NAE_ERA_R-1950_Eesti_Ajakirjanike_Liit, lk 55
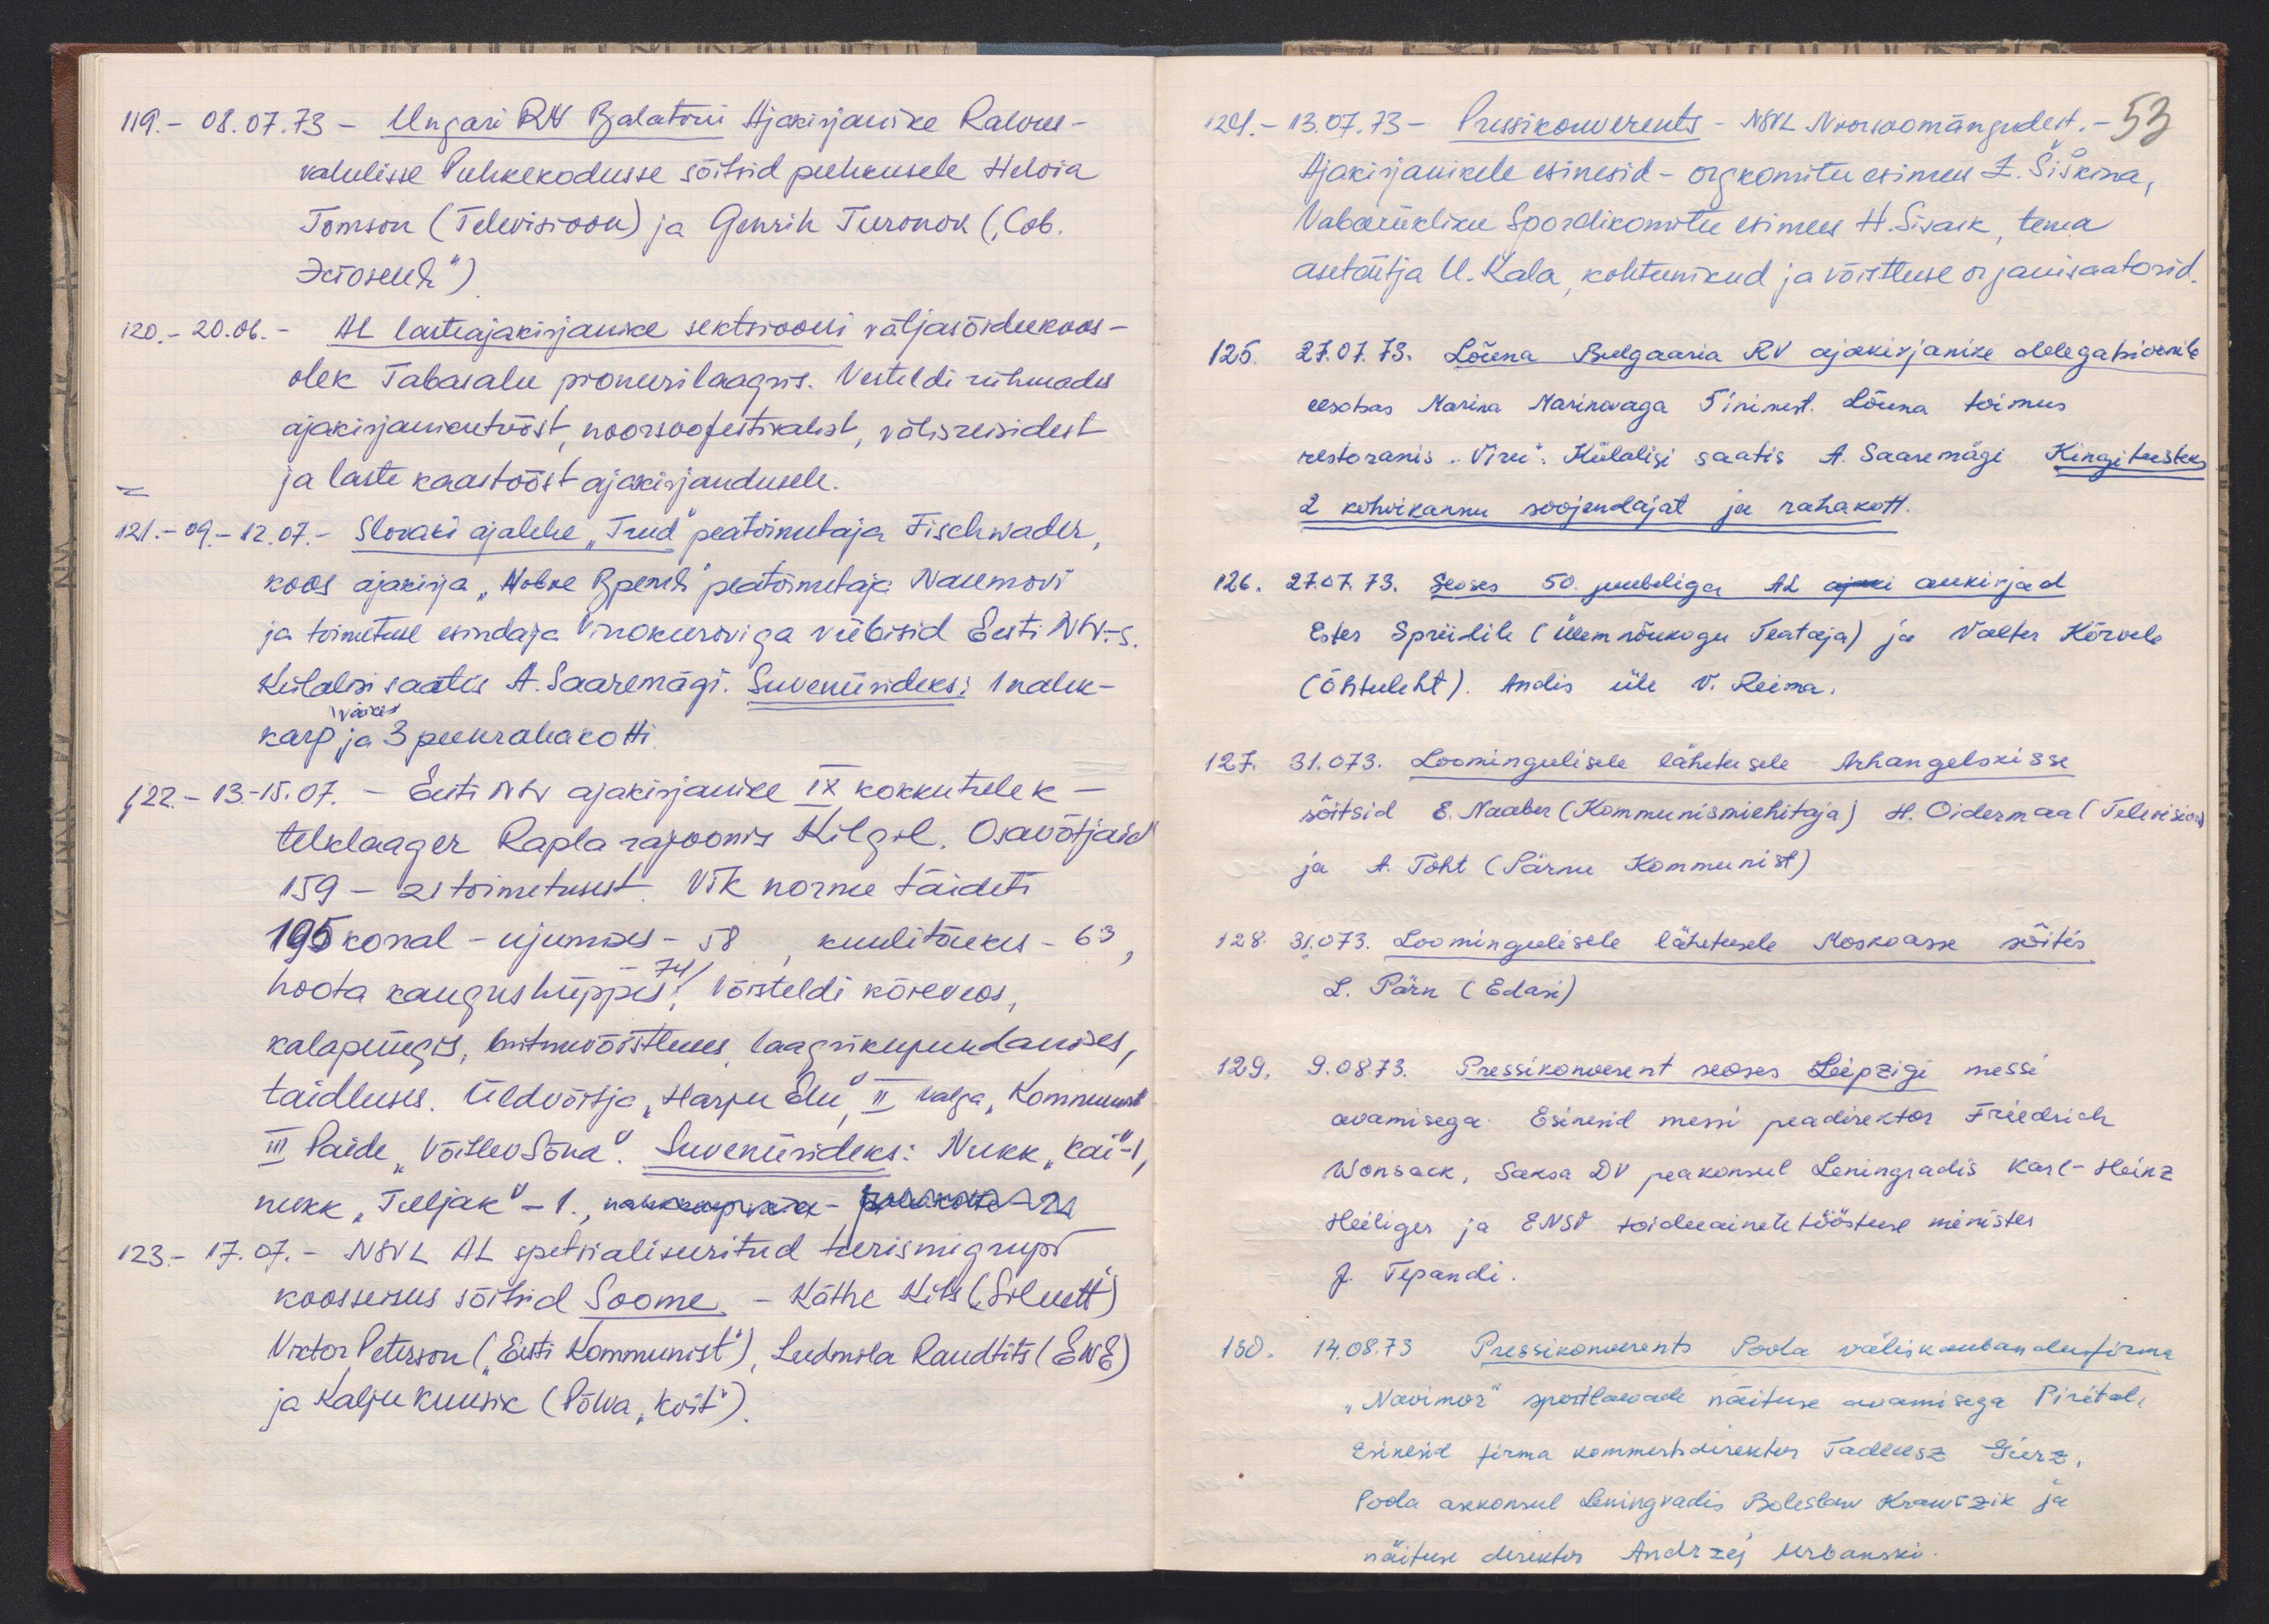
19. - 08.07.73 - Ungari RV Balatoni Ajakirjanike Rahvus-
vahelisse puhkekodusse sõitsid puhkusele Helvia
Tomson (Televisioon) ja Genrih Turonok (Сов.
Dorosetti")
120. - 20.06. - AL lasteajakirjanike sektsiooni väljasõidukoos-
olek Tabasalu pioneerilaagris. Vesteldi rühmades
ajakirjanikutööst, noorsoofestivalist, välisreisidest
ja laste kaastööst ajakirjandusele.
121. - 09.-12.07. - Slovaki ajalehe "Trud" peatoimetaja Fischwader,
koos ajakirja "Hobre Rperil" peatoimetaja Naumovi
ja toimetuse esindaja Vinokuroviga viibisid Eesti NSV-s
Külalisi saatis A. Saaremägi. Suveniirideks: 1 nahk-
väike
karp ja 3 peenrahakotti.
122 - 13.-15.07. - Eesti NSV ajakirjanike IX kokkutulek -
telklaager Rapla rajoonis Kilgil. Osavõtjaid
159 - 21 toimetusest. VTK norme täideti
195 korral - ujumises - 58., kuulitõukes - 63
hoota kaugushüppes, võisteldi köieveos,
74
kalapüügis, mitmevõistluses laagrikujundamises,
taidluses. Üldvõitja "Harju Elu", II Valga "Kommunist
III Paide "Võitlev Sõna". Suveniirideks: Nukk "Kai" 1,
nukk "Tuljak" - 1., nakkaapuara - palukohus- 22.
123. - 17.07. - NSVL AL spetsialiseeritud turismigrupi
koosseisus sõitsid Soome - Käthe kits ("Siluett")
Viktor Peterson ("Eesti Kommunist"), Ludmila Raudtits (ENE)
ja Kalju Kuusik (Põlva "Koit").

124. - 13.07.73 - Pressikonverents - NSVL Noorsoomängudest. -
53
Ajakirjanikele esinesid - orgkomitee esimees Z. Šiškina
Vabariikliku Spordikomitee esimees H. Sivask, tema
asetäitja U. Kala, kohtunikud ja võistluse organisaatorid.
125. 27.07.73. Lõuna Bulgaaria RV ajakirjanike delegatsioonile
eesotsas Marina Marikovaga 5 inimest. Lõuna toimus
restoranis "Viru". Külalisi saatis A. Saaremägi. Kingitusteks
2 kohvikannu soojendajat ja rahakott.
126. 27.07.73. Seoses 50. juubeliga AL ajali aukirjad
Ester Spriidile (Ülemnõukogu Teataja) ja Valter Kõrvele
(Õhtuleht). Andis üle V. Reima.
127. 31.073. Loomingulisele lähetusele Arhangelskisse
sõitsid E. Naaber (Kommunismiehitaja) H. Oidermaa (Televisioon)
ja A. Toht (Pärnu Kommunist)
128. 31.073. Loomingulisele lähetusele Moskvasse sõitis
L. Pärn (Edasi)
129. 9.08.73. Pressikonverents seoses Leipzigi messi
avamisega. Esinesid messi peadirektor Friedrich
Wonsack, Saksa DV peakonsul Leningradis Karl-Heinz
Heiliger ja ENSV toiduainete tööstuse minister
J. Tepandi.
130. 14.08.73 Pressikonverents Poola väliskaubandusfirma
"Navimor" sportlaevade näituse avamisega Pirital,
esinesid firma kommertsdirektor Tadeusz Gierz.
Poola asekonsul Leningradis Boleslaw Krawczik ja
näituse direktor Andrzej Urbanski